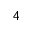
_ 4